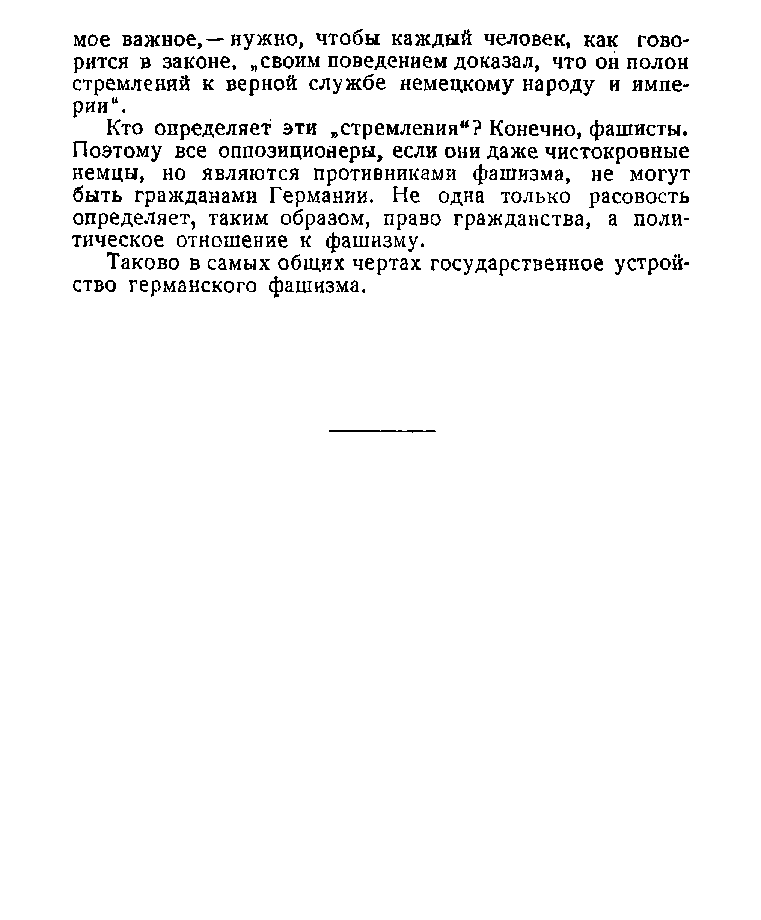
мое важное,—нужно, чтобы каждый человек, как гово­
 рится в законе, „своим поведением доказал, что он полон
 стремлений к верной службе немецкому народу и импе­
 рии“.
 Кто определяет эти „стремления“? Конечно, фашисты.
 Поэтому все оппозиционеры, если они даже чистокровные
 немцы, но являются противниками фашизма, не могут
 быть гражданами Германии. Не одна только расовость
 определяет, таким образом, право гражданства, а поли­
 тическое отношение к фашизму.
 Таково в самых общих чертах государственное устрой­
 ство германского фашизма.